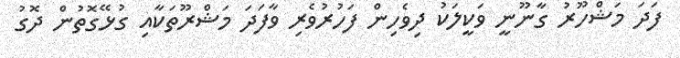
ފަދަ މަޝްހޫރު ގާނޫނީ ވަކީލަކު ދިވެހިން ފަހުރުވެރި ވާފަދަ މަޝްރޫތަކާއި ގުޅޭގޮތުން ދޮގު